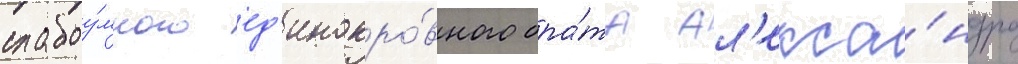
слабоу́много ед'инокро́вного бра́та ал'екса́ндра